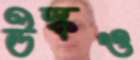
উস্‌কও